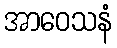
အာဝေသနံ